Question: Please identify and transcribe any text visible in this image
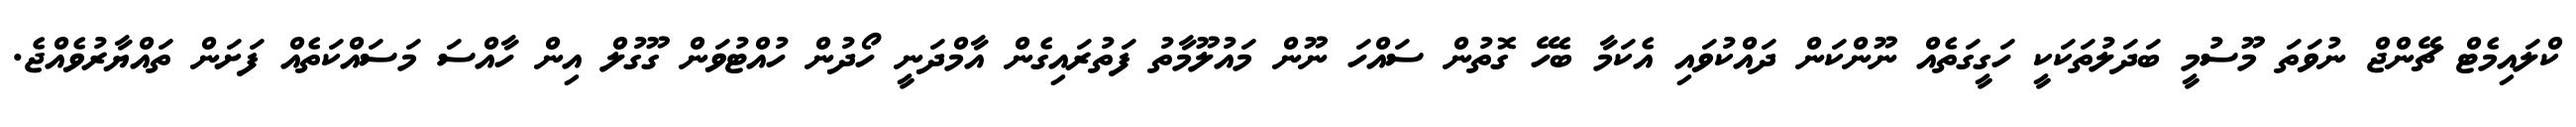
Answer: ކްލައިމެޓް ޗޭންޖް ނުވަތަ މޫސުމީ ބަދަލުތަކަކީ ހަގީގަތެއް ނޫންކަން ދައްކުވައި އެކަމާ ބެހޭ ގޮތުން ސައްހަ ނޫން މައުލޫމާތު ފަތުރައިގެން އާމްދަނީ ހޯދުން ހުއްޓުވަން ގޫގުލް އިން ހާއްސަ މަސައްކަތެއް ފަށަން ތައްޔާރުވެއްޖެ.